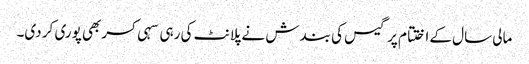
مالی سال کے اختتام پر گیس کی بندش نے پلانٹ کی رہی سہی کسربھی پوری کر دی۔